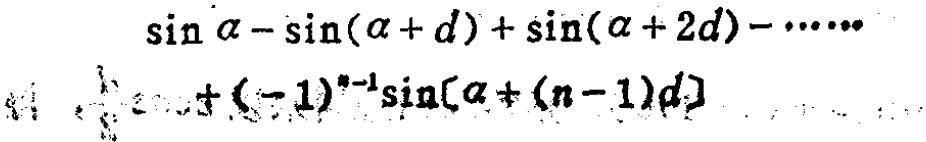
\(\sin\alpha - \sin(\alpha + d)+\sin(\alpha + 2d)-\cdots+(-1)^{n - 1}\sin[\alpha+(n - 1)d]\)